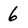
Character: 6